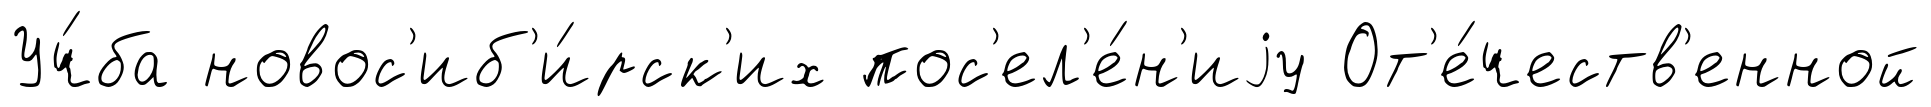
Уч́ба новос'иб'и́рск'их пос'ел'е́н'иjу От'е́честв'енной